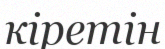
кіретін